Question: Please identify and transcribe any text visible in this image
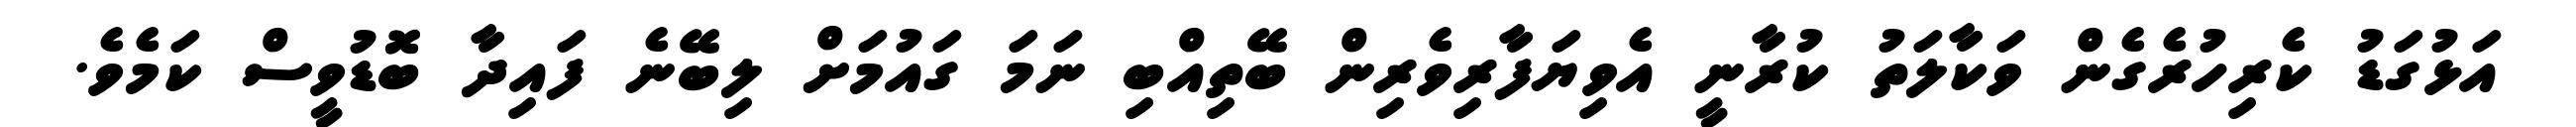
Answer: އަޅުގަޑު ކެރިހުރެގެން ވަކާލަތު ކުރާނީ އެވިޔަފާރިވެރިން ބޭތިއްބި ނަމަ ގައުމަށް ލިބޭނެ ފައިދާ ބޮޑުވީސް ކަމެވެ.